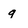
Character: g